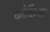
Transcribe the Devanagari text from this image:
कोसिया